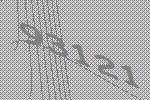
93121